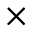
\times